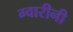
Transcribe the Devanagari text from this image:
ग्वारीनी